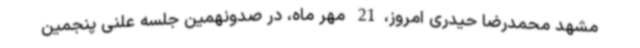
مشهد محمدرضا حیدری امروز،21 مهر ماه، در صدونهمین جلسه علنی پنجمین